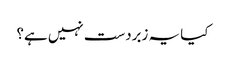
کیا یہ زبردست نہیں ہے؟